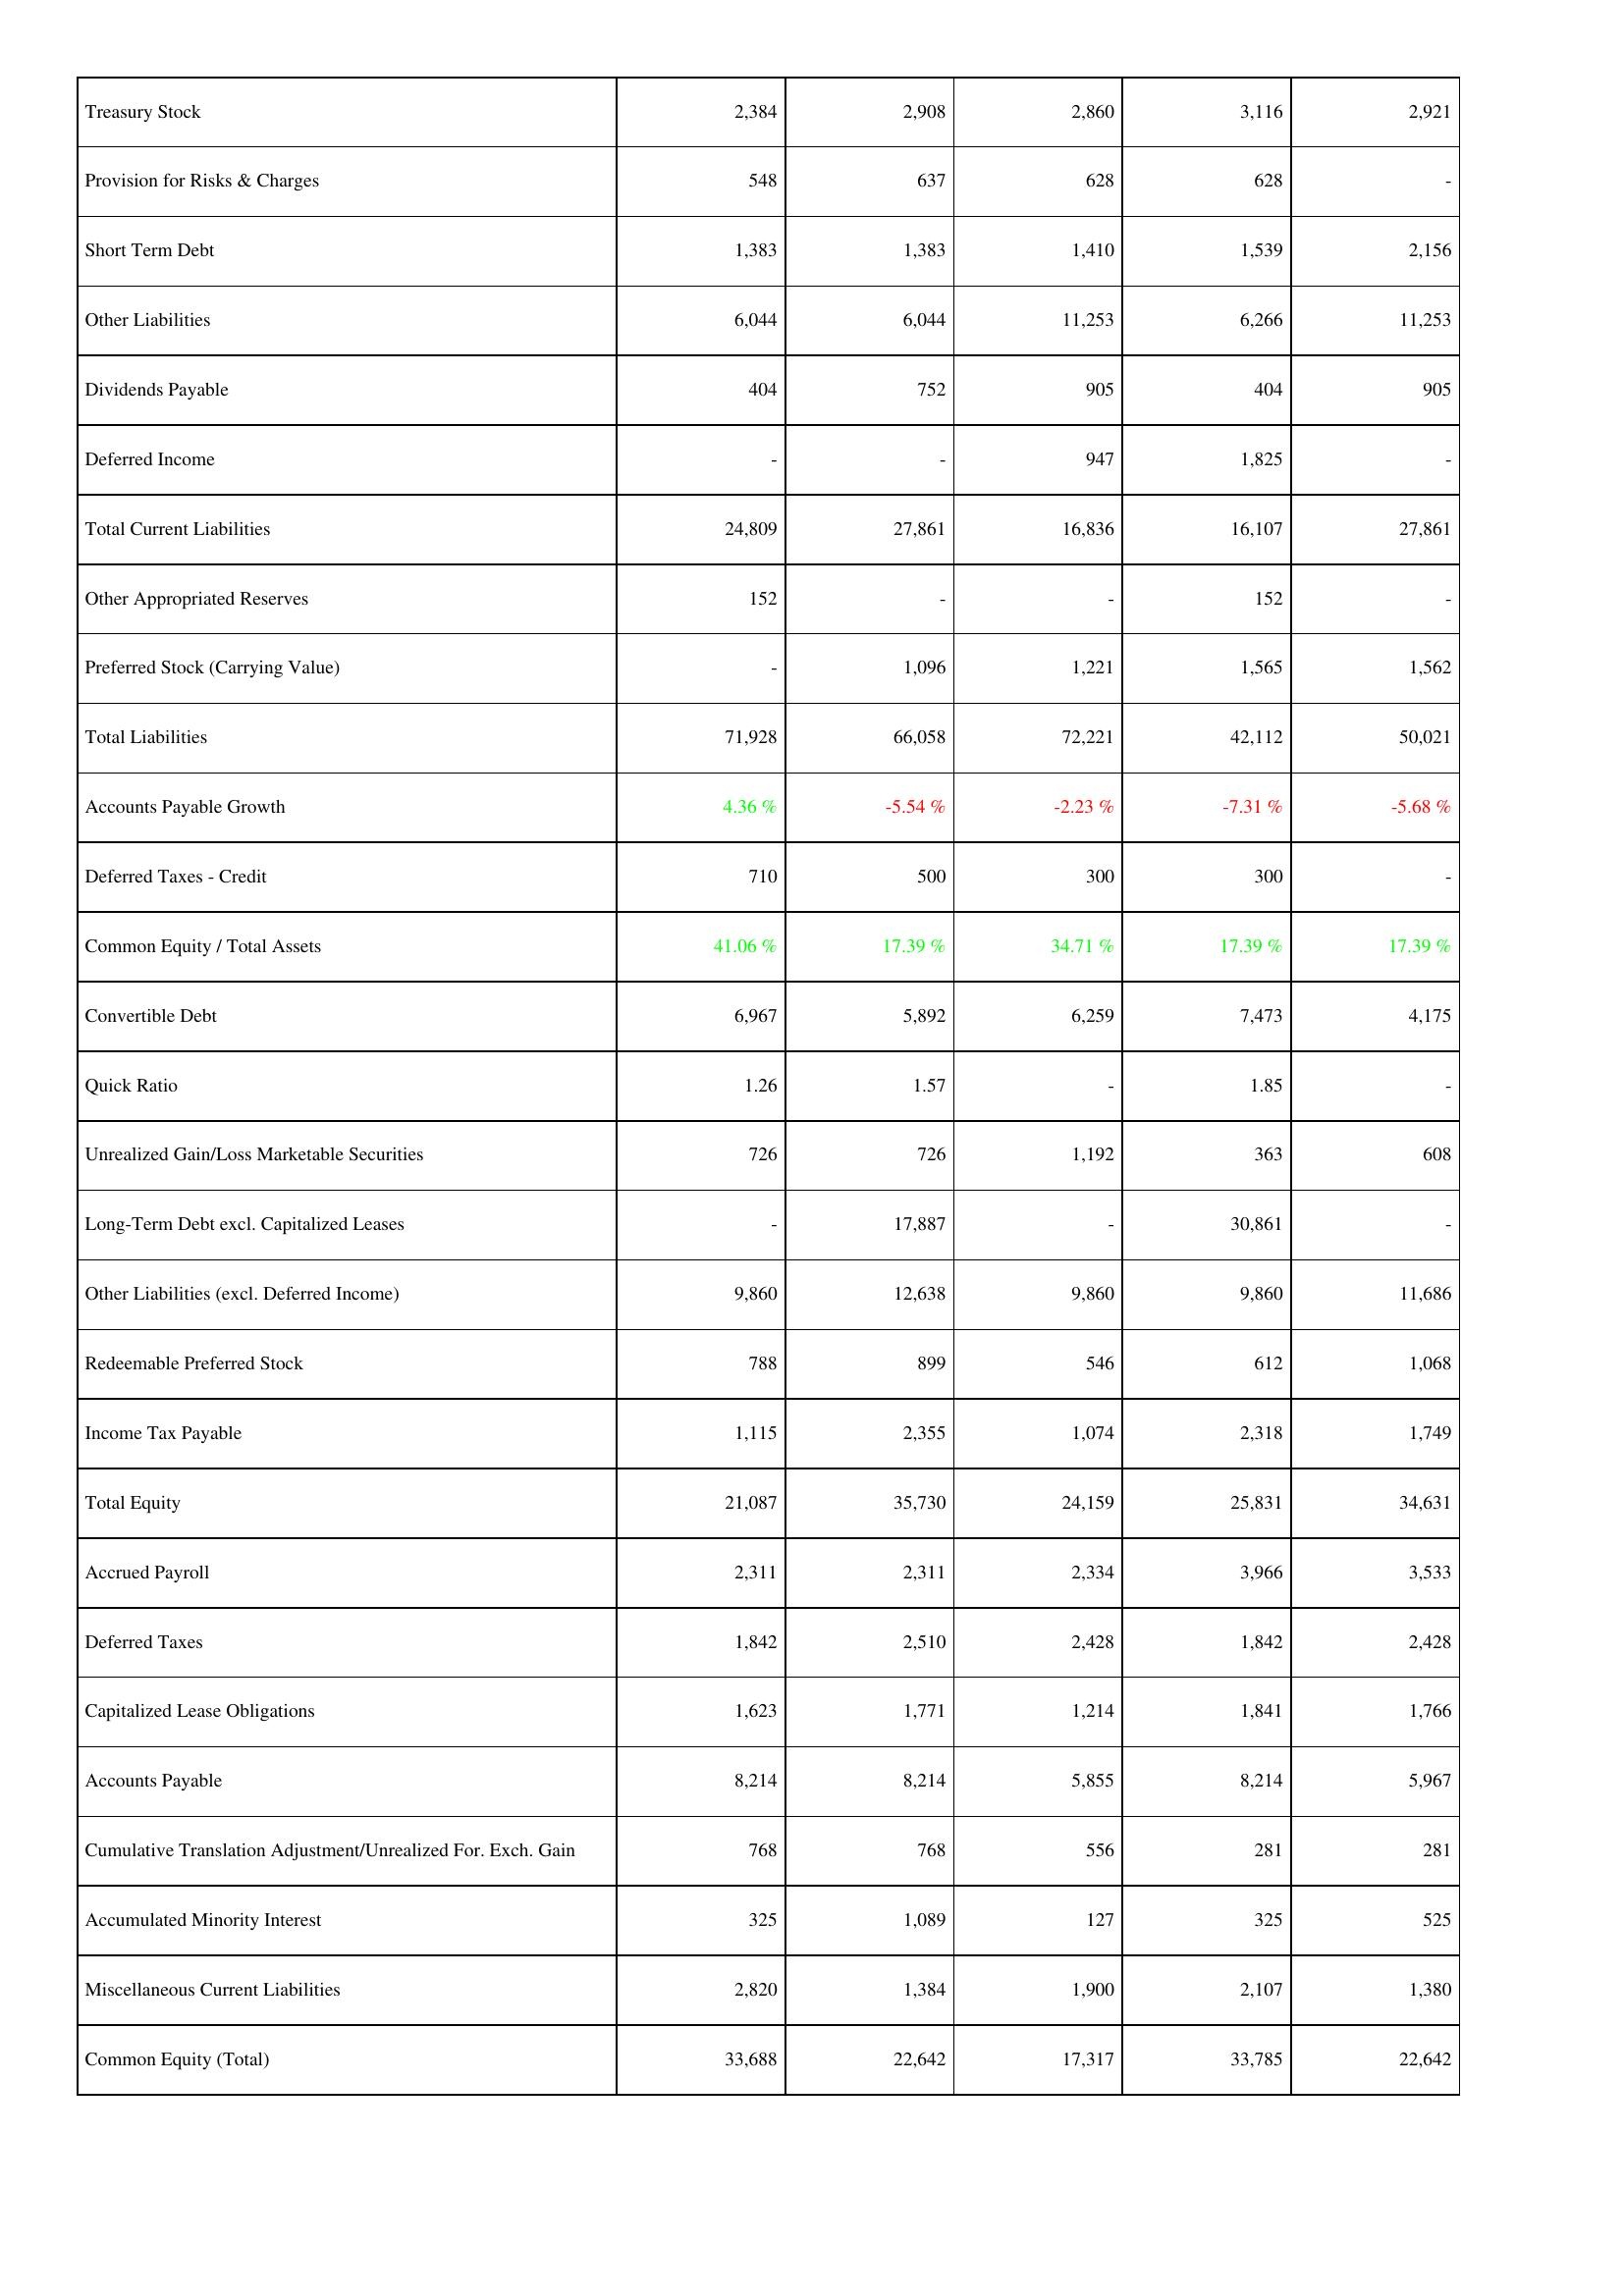
2024: Liabilities & Shareholders' Equity: Treasury Stock: 2,384
Provision for Risks & Charges: 548
Short Term Debt: 1,383
Other Liabilities: 6,044
Dividends Payable: 404
Deferred Income: -
Total Current Liabilities: 24,809
Other Appropriated Reserves: 152
Preferred Stock (Carrying Value): -
Total Liabilities: 71,928
Accounts Payable Growth: 4.36 %
Deferred Taxes - Credit: 710
Common Equity / Total Assets: 41.06 %
Convertible Debt: 6,967
Quick Ratio: 1.26
Unrealized Gain/Loss Marketable Securities: 726
Long-Term Debt excl. Capitalized Leases: -
Other Liabilities (excl. Deferred Income): 9,860
Redeemable Preferred Stock: 788
Income Tax Payable: 1,115
Total Equity: 21,087
Accrued Payroll: 2,311
Deferred Taxes: 1,842
Capitalized Lease Obligations: 1,623
Accounts Payable: 8,214
Cumulative Translation Adjustment/Unrealized For. Exch. Gain: 768
Accumulated Minority Interest: 325
Miscellaneous Current Liabilities: 2,820
Common Equity (Total): 33,688
2023: Liabilities & Shareholders' Equity: Treasury Stock: 2,908
Provision for Risks & Charges: 637
Short Term Debt: 1,383
Other Liabilities: 6,044
Dividends Payable: 752
Deferred Income: -
Total Current Liabilities: 27,861
Other Appropriated Reserves: -
Preferred Stock (Carrying Value): 1,096
Total Liabilities: 66,058
Accounts Payable Growth: -5.54 %
Deferred Taxes - Credit: 500
Common Equity / Total Assets: 17.39 %
Convertible Debt: 5,892
Quick Ratio: 1.57
Unrealized Gain/Loss Marketable Securities: 726
Long-Term Debt excl. Capitalized Leases: 17,887
Other Liabilities (excl. Deferred Income): 12,638
Redeemable Preferred Stock: 899
Income Tax Payable: 2,355
Total Equity: 35,730
Accrued Payroll: 2,311
Deferred Taxes: 2,510
Capitalized Lease Obligations: 1,771
Accounts Payable: 8,214
Cumulative Translation Adjustment/Unrealized For. Exch. Gain: 768
Accumulated Minority Interest: 1,089
Miscellaneous Current Liabilities: 1,384
Common Equity (Total): 22,642
2022: Liabilities & Shareholders' Equity: Treasury Stock: 2,860
Provision for Risks & Charges: 628
Short Term Debt: 1,410
Other Liabilities: 11,253
Dividends Payable: 905
Deferred Income: 947
Total Current Liabilities: 16,836
Other Appropriated Reserves: -
Preferred Stock (Carrying Value): 1,221
Total Liabilities: 72,221
Accounts Payable Growth: -2.23 %
Deferred Taxes - Credit: 300
Common Equity / Total Assets: 34.71 %
Convertible Debt: 6,259
Quick Ratio: -
Unrealized Gain/Loss Marketable Securities: 1,192
Long-Term Debt excl. Capitalized Leases: -
Other Liabilities (excl. Deferred Income): 9,860
Redeemable Preferred Stock: 546
Income Tax Payable: 1,074
Total Equity: 24,159
Accrued Payroll: 2,334
Deferred Taxes: 2,428
Capitalized Lease Obligations: 1,214
Accounts Payable: 5,855
Cumulative Translation Adjustment/Unrealized For. Exch. Gain: 556
Accumulated Minority Interest: 127
Miscellaneous Current Liabilities: 1,900
Common Equity (Total): 17,317
2021: Liabilities & Shareholders' Equity: Treasury Stock: 3,116
Provision for Risks & Charges: 628
Short Term Debt: 1,539
Other Liabilities: 6,266
Dividends Payable: 404
Deferred Income: 1,825
Total Current Liabilities: 16,107
Other Appropriated Reserves: 152
Preferred Stock (Carrying Value): 1,565
Total Liabilities: 42,112
Accounts Payable Growth: -7.31 %
Deferred Taxes - Credit: 300
Common Equity / Total Assets: 17.39 %
Convertible Debt: 7,473
Quick Ratio: 1.85
Unrealized Gain/Loss Marketable Securities: 363
Long-Term Debt excl. Capitalized Leases: 30,861
Other Liabilities (excl. Deferred Income): 9,860
Redeemable Preferred Stock: 612
Income Tax Payable: 2,318
Total Equity: 25,831
Accrued Payroll: 3,966
Deferred Taxes: 1,842
Capitalized Lease Obligations: 1,841
Accounts Payable: 8,214
Cumulative Translation Adjustment/Unrealized For. Exch. Gain: 281
Accumulated Minority Interest: 325
Miscellaneous Current Liabilities: 2,107
Common Equity (Total): 33,785
2020: Liabilities & Shareholders' Equity: Treasury Stock: 2,921
Provision for Risks & Charges: -
Short Term Debt: 2,156
Other Liabilities: 11,253
Dividends Payable: 905
Deferred Income: -
Total Current Liabilities: 27,861
Other Appropriated Reserves: -
Preferred Stock (Carrying Value): 1,562
Total Liabilities: 50,021
Accounts Payable Growth: -5.68 %
Deferred Taxes - Credit: -
Common Equity / Total Assets: 17.39 %
Convertible Debt: 4,175
Quick Ratio: -
Unrealized Gain/Loss Marketable Securities: 608
Long-Term Debt excl. Capitalized Leases: -
Other Liabilities (excl. Deferred Income): 11,686
Redeemable Preferred Stock: 1,068
Income Tax Payable: 1,749
Total Equity: 34,631
Accrued Payroll: 3,533
Deferred Taxes: 2,428
Capitalized Lease Obligations: 1,766
Accounts Payable: 5,967
Cumulative Translation Adjustment/Unrealized For. Exch. Gain: 281
Accumulated Minority Interest: 525
Miscellaneous Current Liabilities: 1,380
Common Equity (Total): 22,642